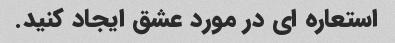
استعاره ای در مورد عشق ایجاد کنید.